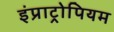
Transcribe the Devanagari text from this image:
इंप्राट्रोपियम